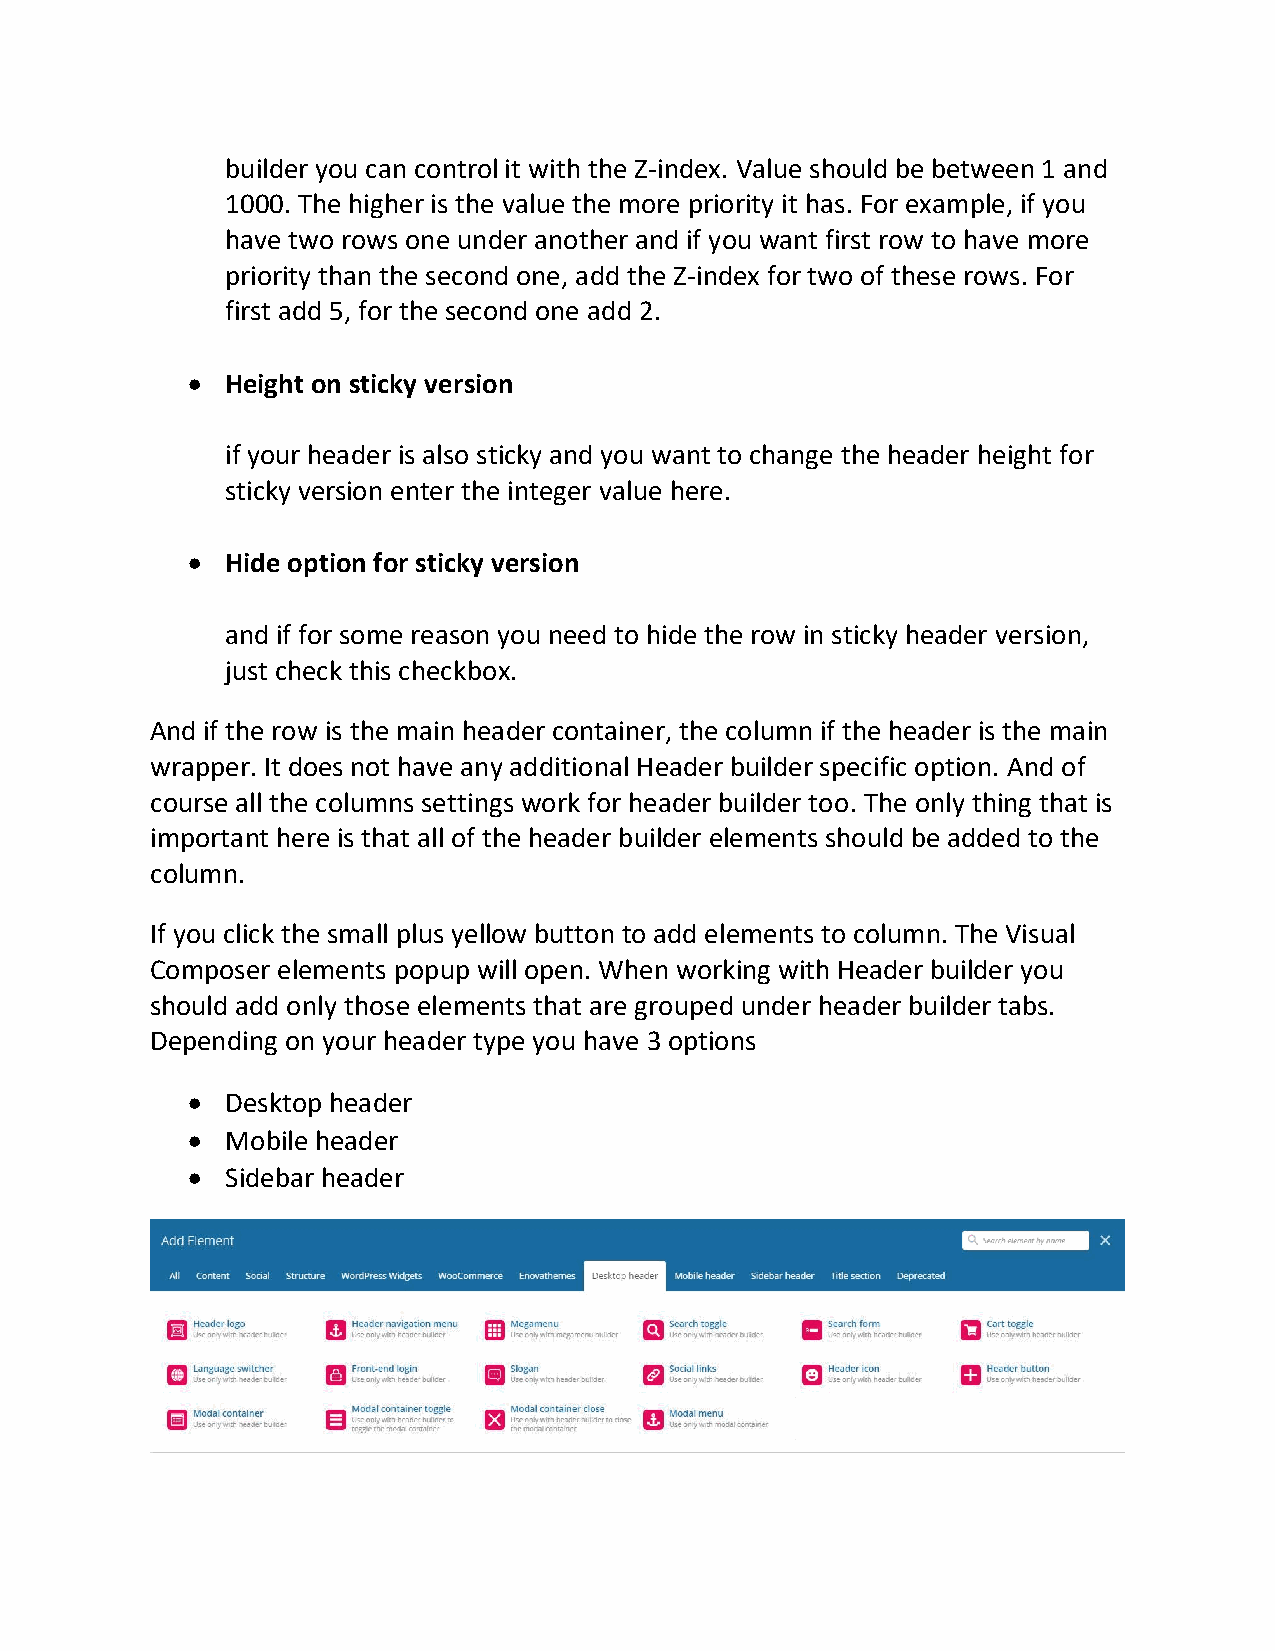
builder you can control it with the Z-index. Value should be between 1 and
 1000. The higher is the value the more priority it has. For example, if you
 have two rows one under another and if you want first row to have more
 priority than the second one, add the Z-index for two of these rows. For
 first add 5, for the second one add 2.
   Height on sticky version
 if your header is also sticky and you want to change the header height for
 sticky version enter the integer value here.
   Hide option for sticky version
 and if for some reason you need to hide the row in sticky header version,
 just check this checkbox.
 And if the row is the main header container, the column if the header is the main
 wrapper. It does not have any additional Header builder specific option. And of
 course all the columns settings work for header builder too. The only thing that is
 important here is that all of the header builder elements should be added to the
 column.
 If you click the small plus yellow button to add elements to column. The Visual
 Composer elements popup will open. When working with Header builder you
 should add only those elements that are grouped under header builder tabs.
 Depending on your header type you have 3 options
   Desktop header
   Mobile header
   Sidebar header